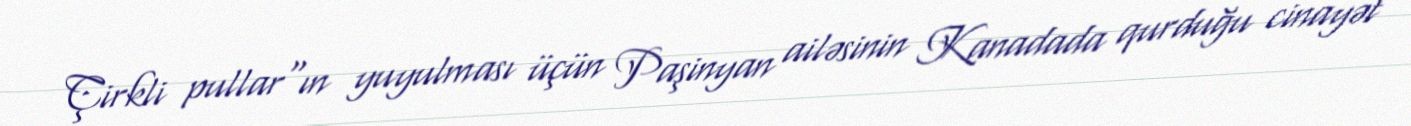
Çirkli pullar"ın yuyulması üçün Paşinyan ailəsinin Kanadada qurduğu cinayət